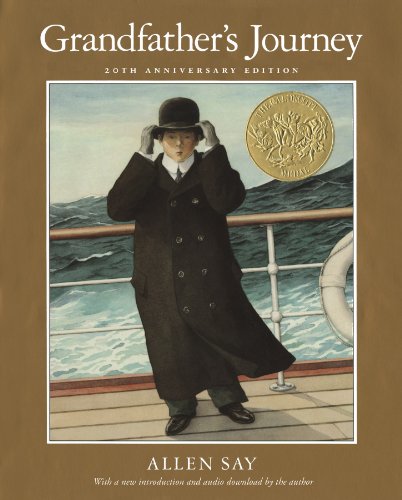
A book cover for Grandfather's Journey; Allen Say; Children's Books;